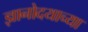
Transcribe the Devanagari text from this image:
ज्ञानोदयाच्या